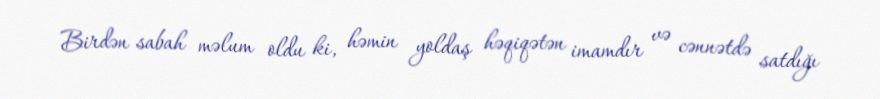
Birdən sabah məlum oldu ki, həmin yoldaş həqiqətən imamdır və cənnətdə satdığı